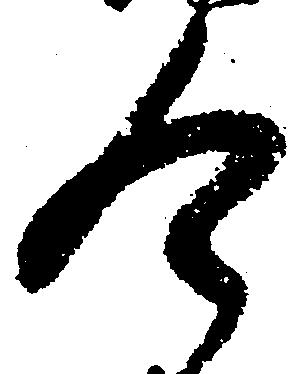
令